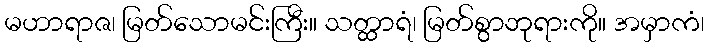
မဟာရာဇ၊ မြတ်သောမင်းကြီး။ သတ္ထာရံ၊ မြတ်စွာဘုရားကို။ အမှာကံ၊